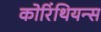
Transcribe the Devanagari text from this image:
कोरिंथियन्स